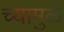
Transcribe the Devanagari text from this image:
च्यामुळे